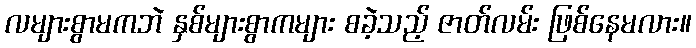
လများစွာမကဘဲ နှစ်များစွာကများ စခဲ့သည့် ဇာတ်လမ်း ဖြစ်နေမလား။